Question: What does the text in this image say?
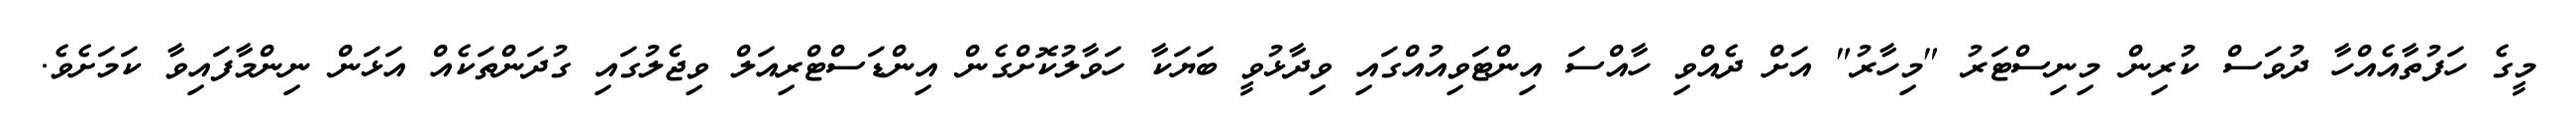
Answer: މީގެ ހަފުތާއެއްހާ ދުވަސް ކުރިން މިނިސްޓަރު "މިހާރު" އަށް ދެއްވި ހާއްސަ އިންޓަވިއުއްގައި ވިދާޅުވީ ބަޔަކާ ހަވާލުކޮށްގެން އިންޑަސްޓްރިއަލް ވިޖެލުގައި ގުދަންތަކެއް އަޅަން ނިންމާފައިވާ ކަމަށެވެ.